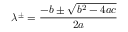
\lambda ^ { \pm } = \frac { - b \pm \sqrt { b ^ { 2 } - 4 a c } } { 2 a }